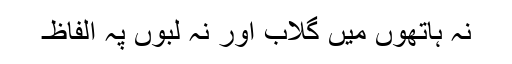
نہ ہاتھوں میں گلاب اور نہ لبوں پہ الفاظ۔